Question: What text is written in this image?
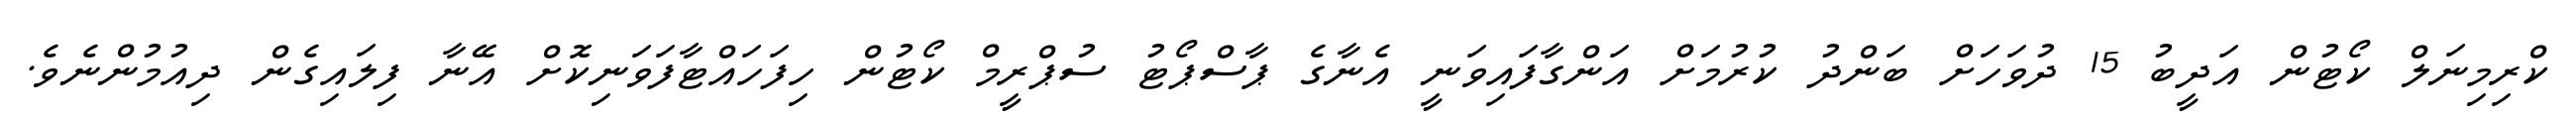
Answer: ކްރިމިނަލް ކޯޓުން އަދީބު 15 ދުވަހަށް ބަންދު ކުރުމަށް އަންގާފައިވަނީ އެނާގެ ޕާސްޕޯޓު ސުޕްރީމް ކޯޓުން ހިފަހައްޓާފަވަނިކޮށް އޭނާ ފިލައިގެން ދިއުމުންނެވެ.